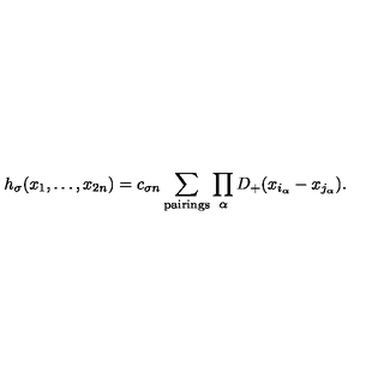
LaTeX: h _ { \sigma } ( x _ { 1 } , \ldots , x _ { 2 n } ) = c _ { \sigma n } \sum _ { \mathrm { p a i r i n g s } } \prod _ { \alpha } D _ { + } ( x _ { i _ { \alpha } } - x _ { j _ { \alpha } } ) .